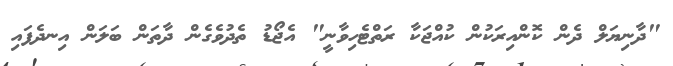
"ދާނިޔަލް ދެން ކޮންއިރަކުން ކުއްޖަކާ ރަތްޓެހިވާނީ" އެޖޯޑު ތެދުވެގެން ދާތަން ބަލަން އިނދެފައި